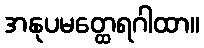
အနုပမတ္ထေရဂါထာ။